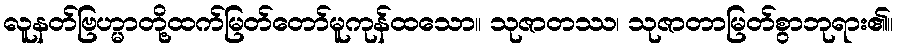
လူနတ်ဗြဟ္မာတို့ထက်မြတ်တော်မူကုန်ထသော။ သုဇာတဿ၊ သုဇာတာမြတ်စွာဘုရား၏။